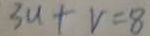
3 u + v = 8